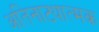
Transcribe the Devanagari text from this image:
अतिनाट्यात्मक